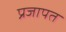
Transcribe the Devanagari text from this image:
प्रजापत